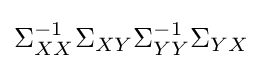
\Sigma _{XX}^{-1}\Sigma _{XY}\Sigma _{YY}^{-1}\Sigma _{YX}